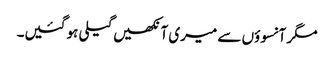
مگر آنسوؤں سے میری آنکھیں گیلی ہو گئیں۔